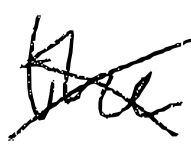
Text: the
Cross-out: cross
Writing tool: digital_black